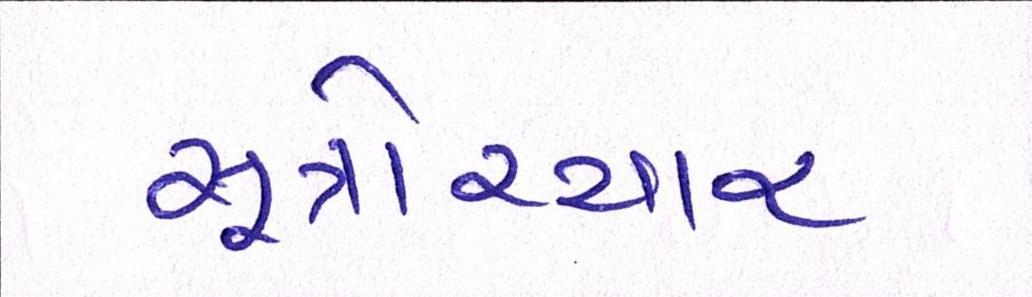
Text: સૂત્રોચ્ચાર